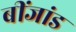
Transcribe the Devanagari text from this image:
बींजांड